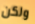
ولكن